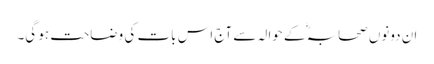
ان دونوں صحابہؓ کے حوالہ سے آج اس بات کی وضاحت ہو گی۔